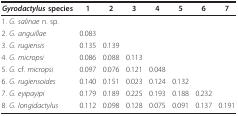
<table><thead><tr><td><b><i>Gyrodactylus </i>species</b></td><td><b>1</b></td><td><b>2</b></td><td><b>3</b></td><td><b>4</b></td><td><b>5</b></td><td><b>6</b></td><td><b>7</b></td></tr></thead><tbody><tr><td>1. <i>G. salinae </i>n. sp.</td><td>[EMPTY_CELL]</td><td>[EMPTY_CELL]</td><td>[EMPTY_CELL]</td><td>[EMPTY_CELL]</td><td>[EMPTY_CELL]</td><td>[EMPTY_CELL]</td><td>[EMPTY_CELL]</td></tr><tr><td>2. <i>G. anguillae</i></td><td>0.083</td><td>[EMPTY_CELL]</td><td>[EMPTY_CELL]</td><td>[EMPTY_CELL]</td><td>[EMPTY_CELL]</td><td>[EMPTY_CELL]</td><td>[EMPTY_CELL]</td></tr><tr><td>3. <i>G. rugiensis</i></td><td>0.135</td><td>0.139</td><td>[EMPTY_CELL]</td><td>[EMPTY_CELL]</td><td>[EMPTY_CELL]</td><td>[EMPTY_CELL]</td><td>[EMPTY_CELL]</td></tr><tr><td>4. <i>G. micropsi</i></td><td>0.086</td><td>0.088</td><td>0.113</td><td>[EMPTY_CELL]</td><td>[EMPTY_CELL]</td><td>[EMPTY_CELL]</td><td>[EMPTY_CELL]</td></tr><tr><td>5. <i>G</i>. cf. <i>micropsi</i></td><td>0.097</td><td>0.076</td><td>0.121</td><td>0.048</td><td>[EMPTY_CELL]</td><td>[EMPTY_CELL]</td><td>[EMPTY_CELL]</td></tr><tr><td>6. <i>G. rugiensoides</i></td><td>0.140</td><td>0.151</td><td>0.023</td><td>0.124</td><td>0.132</td><td>[EMPTY_CELL]</td><td>[EMPTY_CELL]</td></tr><tr><td>7. <i>G. eyipayipi</i></td><td>0.179</td><td>0.189</td><td>0.225</td><td>0.193</td><td>0.188</td><td>0.232</td><td>[EMPTY_CELL]</td></tr><tr><td>8. <i>G. longidactylus</i></td><td>0.112</td><td>0.098</td><td>0.128</td><td>0.075</td><td>0.091</td><td>0.137</td><td>0.191</td></tr></tbody></table>